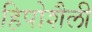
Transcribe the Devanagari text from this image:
हिपोशैली